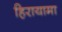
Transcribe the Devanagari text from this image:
हिरायामा